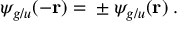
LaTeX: \psi _ { g / u } ( - { \mathbf { r } } ) = { } \pm \psi _ { g / u } ( { \mathbf { r } } ) \; .